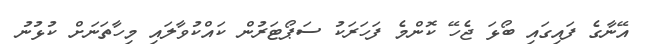
އޭނާގެ ފައިގައި ބޯޅަ ޖެހޭ ކޮންމެ ފަހަރަކު ސަޕޯޓަރުން ކައްކުވާލައި މިހާތަނަށް ކުޅުނު